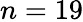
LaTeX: n=19